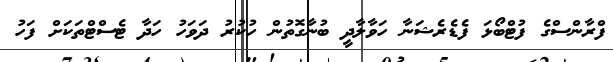
ފްރާންސްގެ ފުޓްބޯޅަ ފެޑެރެޝަނާ ހަވާލާދީ ބުނާގޮތުން ހުކުރު ދަވަހު ހަދާ ޓެސްޓްތަކަށް ފަހު